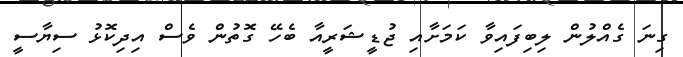
ގިނަ ގެއްލުން ލިބިފައިވާ ކަމަށާއި ޖުޑީޝަރީއާ ބެހޭ ގޮތުން ވެސް އިދިކޮޅު ސިޔާސީ